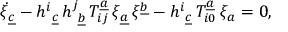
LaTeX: \dot { \xi } _ { \underline { { { c } } } } - { h } _ { \ \underline { { { c } } } } ^ { i } \, { h } _ { \ \underline { { { b } } } } ^ { j } \, T _ { i j } ^ { \underline { { { a } } } } \, \xi _ { \underline { { { a } } } } \, \xi ^ { \underline { { { b } } } } - { h } _ { \ \underline { { { c } } } } ^ { i } \, T _ { i 0 } ^ { \underline { { { a } } } } \, \xi _ { { a } } = 0 ,